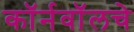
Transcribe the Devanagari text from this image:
कॉर्नवॉलचे